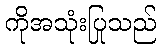
ကိုအသုံးပြုသည်